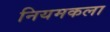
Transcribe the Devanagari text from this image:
नियमकला